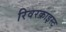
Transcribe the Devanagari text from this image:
रिवरक्राइस्ट